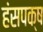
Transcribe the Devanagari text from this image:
हंसपक्ष